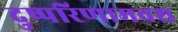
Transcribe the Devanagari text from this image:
दुष्परिणामवश